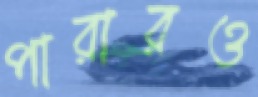
পারারও